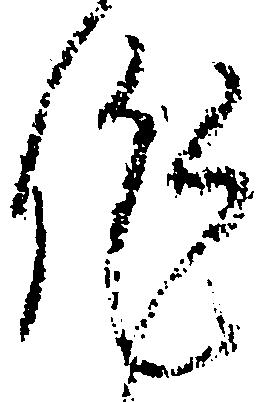
作